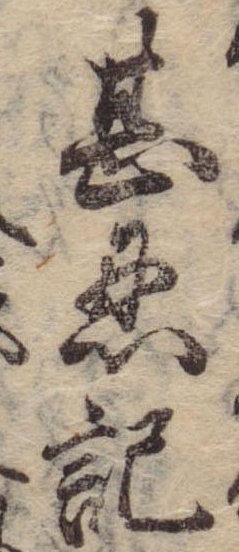
甚忍記